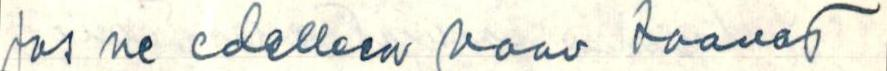
Jos ne edelleen vaan saavat